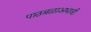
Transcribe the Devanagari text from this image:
पाठबळाअभावी